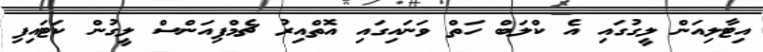
އިޓާލިއަން ލީގުގައި އެ ކްލަބް ހަތް ވަނައިގައި އޮތްއިރު ޗެމްޕިއަންސް ލީގުން ކަޓައިފި